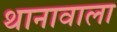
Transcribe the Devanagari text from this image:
थानावाला